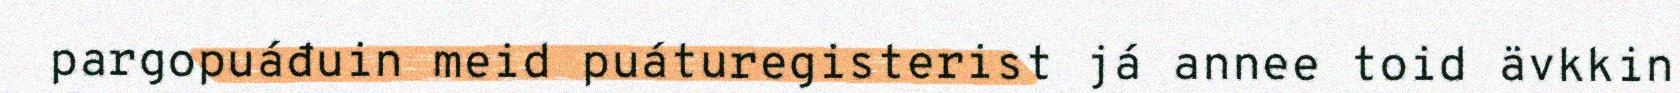
pargopuáđuin meid puáturegisterist já annee toid ävkkin